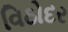
વિઠોદર